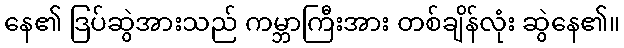
နေ၏ ဒြပ်ဆွဲအားသည် ကမ္ဘာကြီးအား တစ်ချိန်လုံး ဆွဲနေ၏။